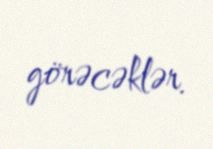
görəcəklər.